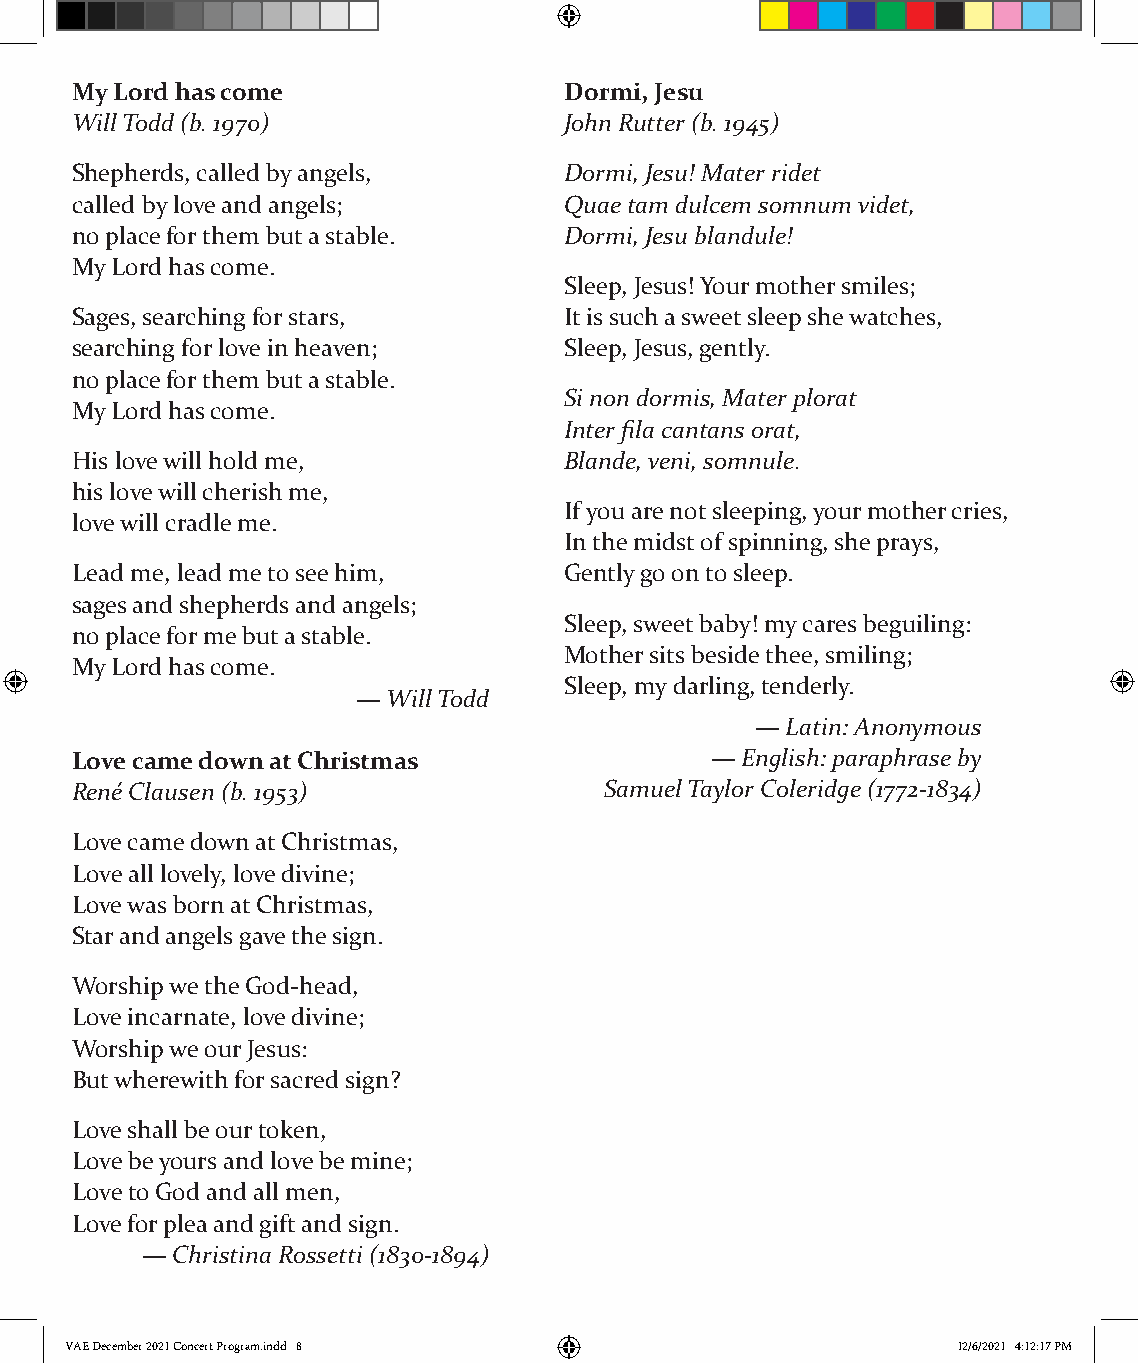
My Lord has come                Dormi, Jesu
 Will Todd (b. 1970)             John Rutter (b. 1945)
 Shepherds, called by angels,    Dormi, Jesu! Mater ridet
 called by love and angels;      Quae tam dulcem somnum videt,
 no place for them but a stable. Dormi, Jesu blandule!
 My Lord has come.
 Sleep, Jesus! Your mother smiles;
 Sages, searching for stars,     It is such a sweet sleep she watches,
 searching for love in heaven;   Sleep, Jesus, gently.
 no place for them but a stable.
 Si non dormis, Mater plorat
 My Lord has come.
 Inter fila cantans orat,
 His love will hold me,          Blande, veni, somnule.
 his love will cherish me,
 If you are not sleeping, your mother cries,
 love will cradle me.
 In the midst of spinning, she prays,
 Lead me, lead me to see him,    Gently go on to sleep.
 sages and shepherds and angels;
 Sleep, sweet baby! my cares beguiling:
 no place for me but a stable.
 Mother sits beside thee, smiling;
 My Lord has come.
 Sleep, my darling, tenderly.
 — Will Todd
 — Latin: Anonymous
 Love came down at Christmas               — English: paraphrase by
 René Clausen (b. 1953)             Samuel Taylor Coleridge (1772-1834)
 Love came down at Christmas,
 Love all lovely, love divine;
 Love was born at Christmas,
 Star and angels gave the sign.
 Worship we the God-head,
 Love incarnate, love divine;
 Worship we our Jesus:
 But wherewith for sacred sign?
 Love shall be our token,
 Love be yours and love be mine;
 Love to God and all men,
 Love for plea and gift and sign.
 — Christina Rossetti (1830-1894)
 VVAAEE DDeecceemmbbeerr 22002211 CCoonncceerrtt PPrrooggrraamm..iinndddd 88 1122//66//22002211 44::1122::1177 PPMM